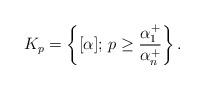
LaTeX: \begin{align*}K_p = \left\lbrace [\alpha];\, p \ge \frac{\alpha_1^+}{\alpha_n^+} \right\rbrace.\end{align*}